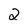
Character: 2